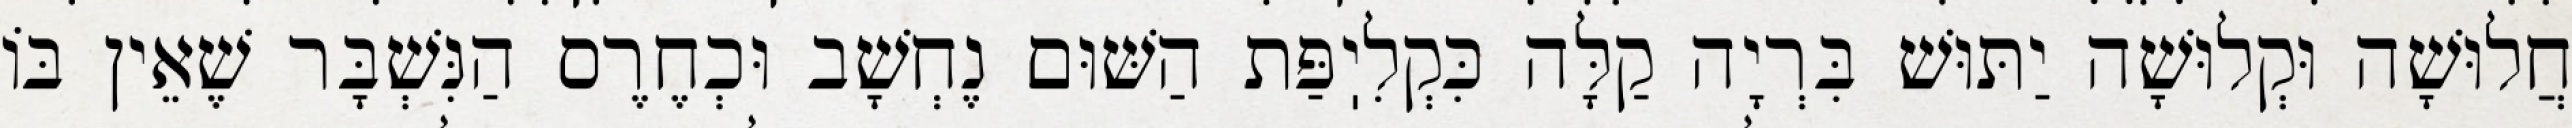
חֲלוּשָׁה וּקְלוּשָׁה יַתּוּשׁ בִּרְיָה קַלָּה כִּקְלִיֽפַּת הַשּׁוּם נֶחְשָׁב וּכְחֶרֶס הַנִּשְׁבָּר שֶׁאֵין בּוֹ